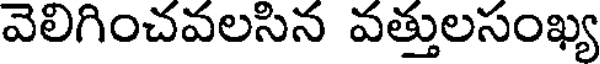
వెలిగించవలసిన వత్తులసంఖ్య